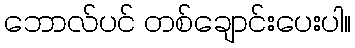
ဘောလ်ပင် တစ်ချောင်းပေးပါ။